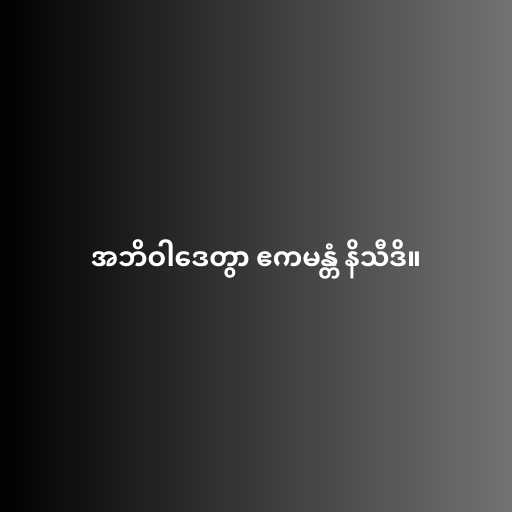
အဘိဝါဒေတွာ ဧကမန္တံ နိသီဒိ။